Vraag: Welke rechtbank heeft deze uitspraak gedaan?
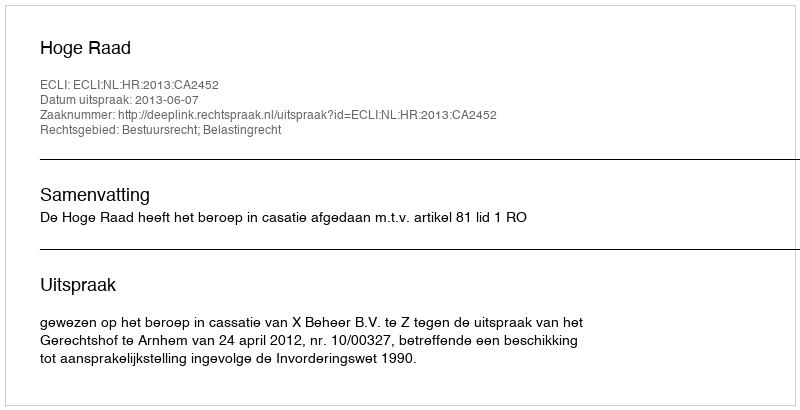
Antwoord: Hoge Raad